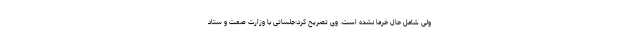
ولی شامل حال خرما نشده است. وی تصریح کرد:جلساتی با وزارت صمت و ستاد